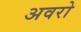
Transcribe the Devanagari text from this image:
अवरो